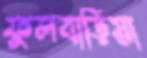
ফুলবাড়িয়া